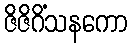
ဇိဇိဂိံသနကော